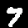
Digit: 7